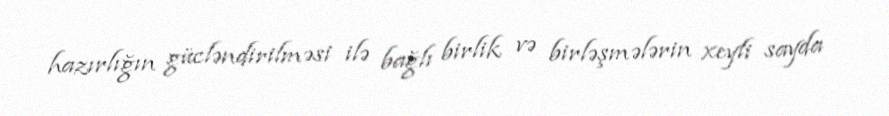
hazırlığın gücləndirilməsi ilə bağlı birlik və birləşmələrin xeyli sayda